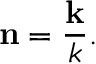
\mathbf { n } = { \frac { \mathbf { k } } { k } } .